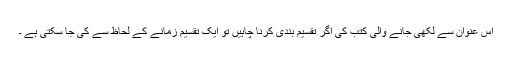
اس عنوان سے لکھی جانے والی کتب کی اگر تقسیم بندی کرنا چاہیں تو ایک تقسیم زمانے کے لحاظ سے کی جا سکتی ہے ۔